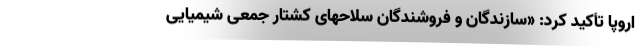
اروپا تأکید کرد: «سازندگان و فروشندگان سلاحهای کشتار جمعی شیمیایی